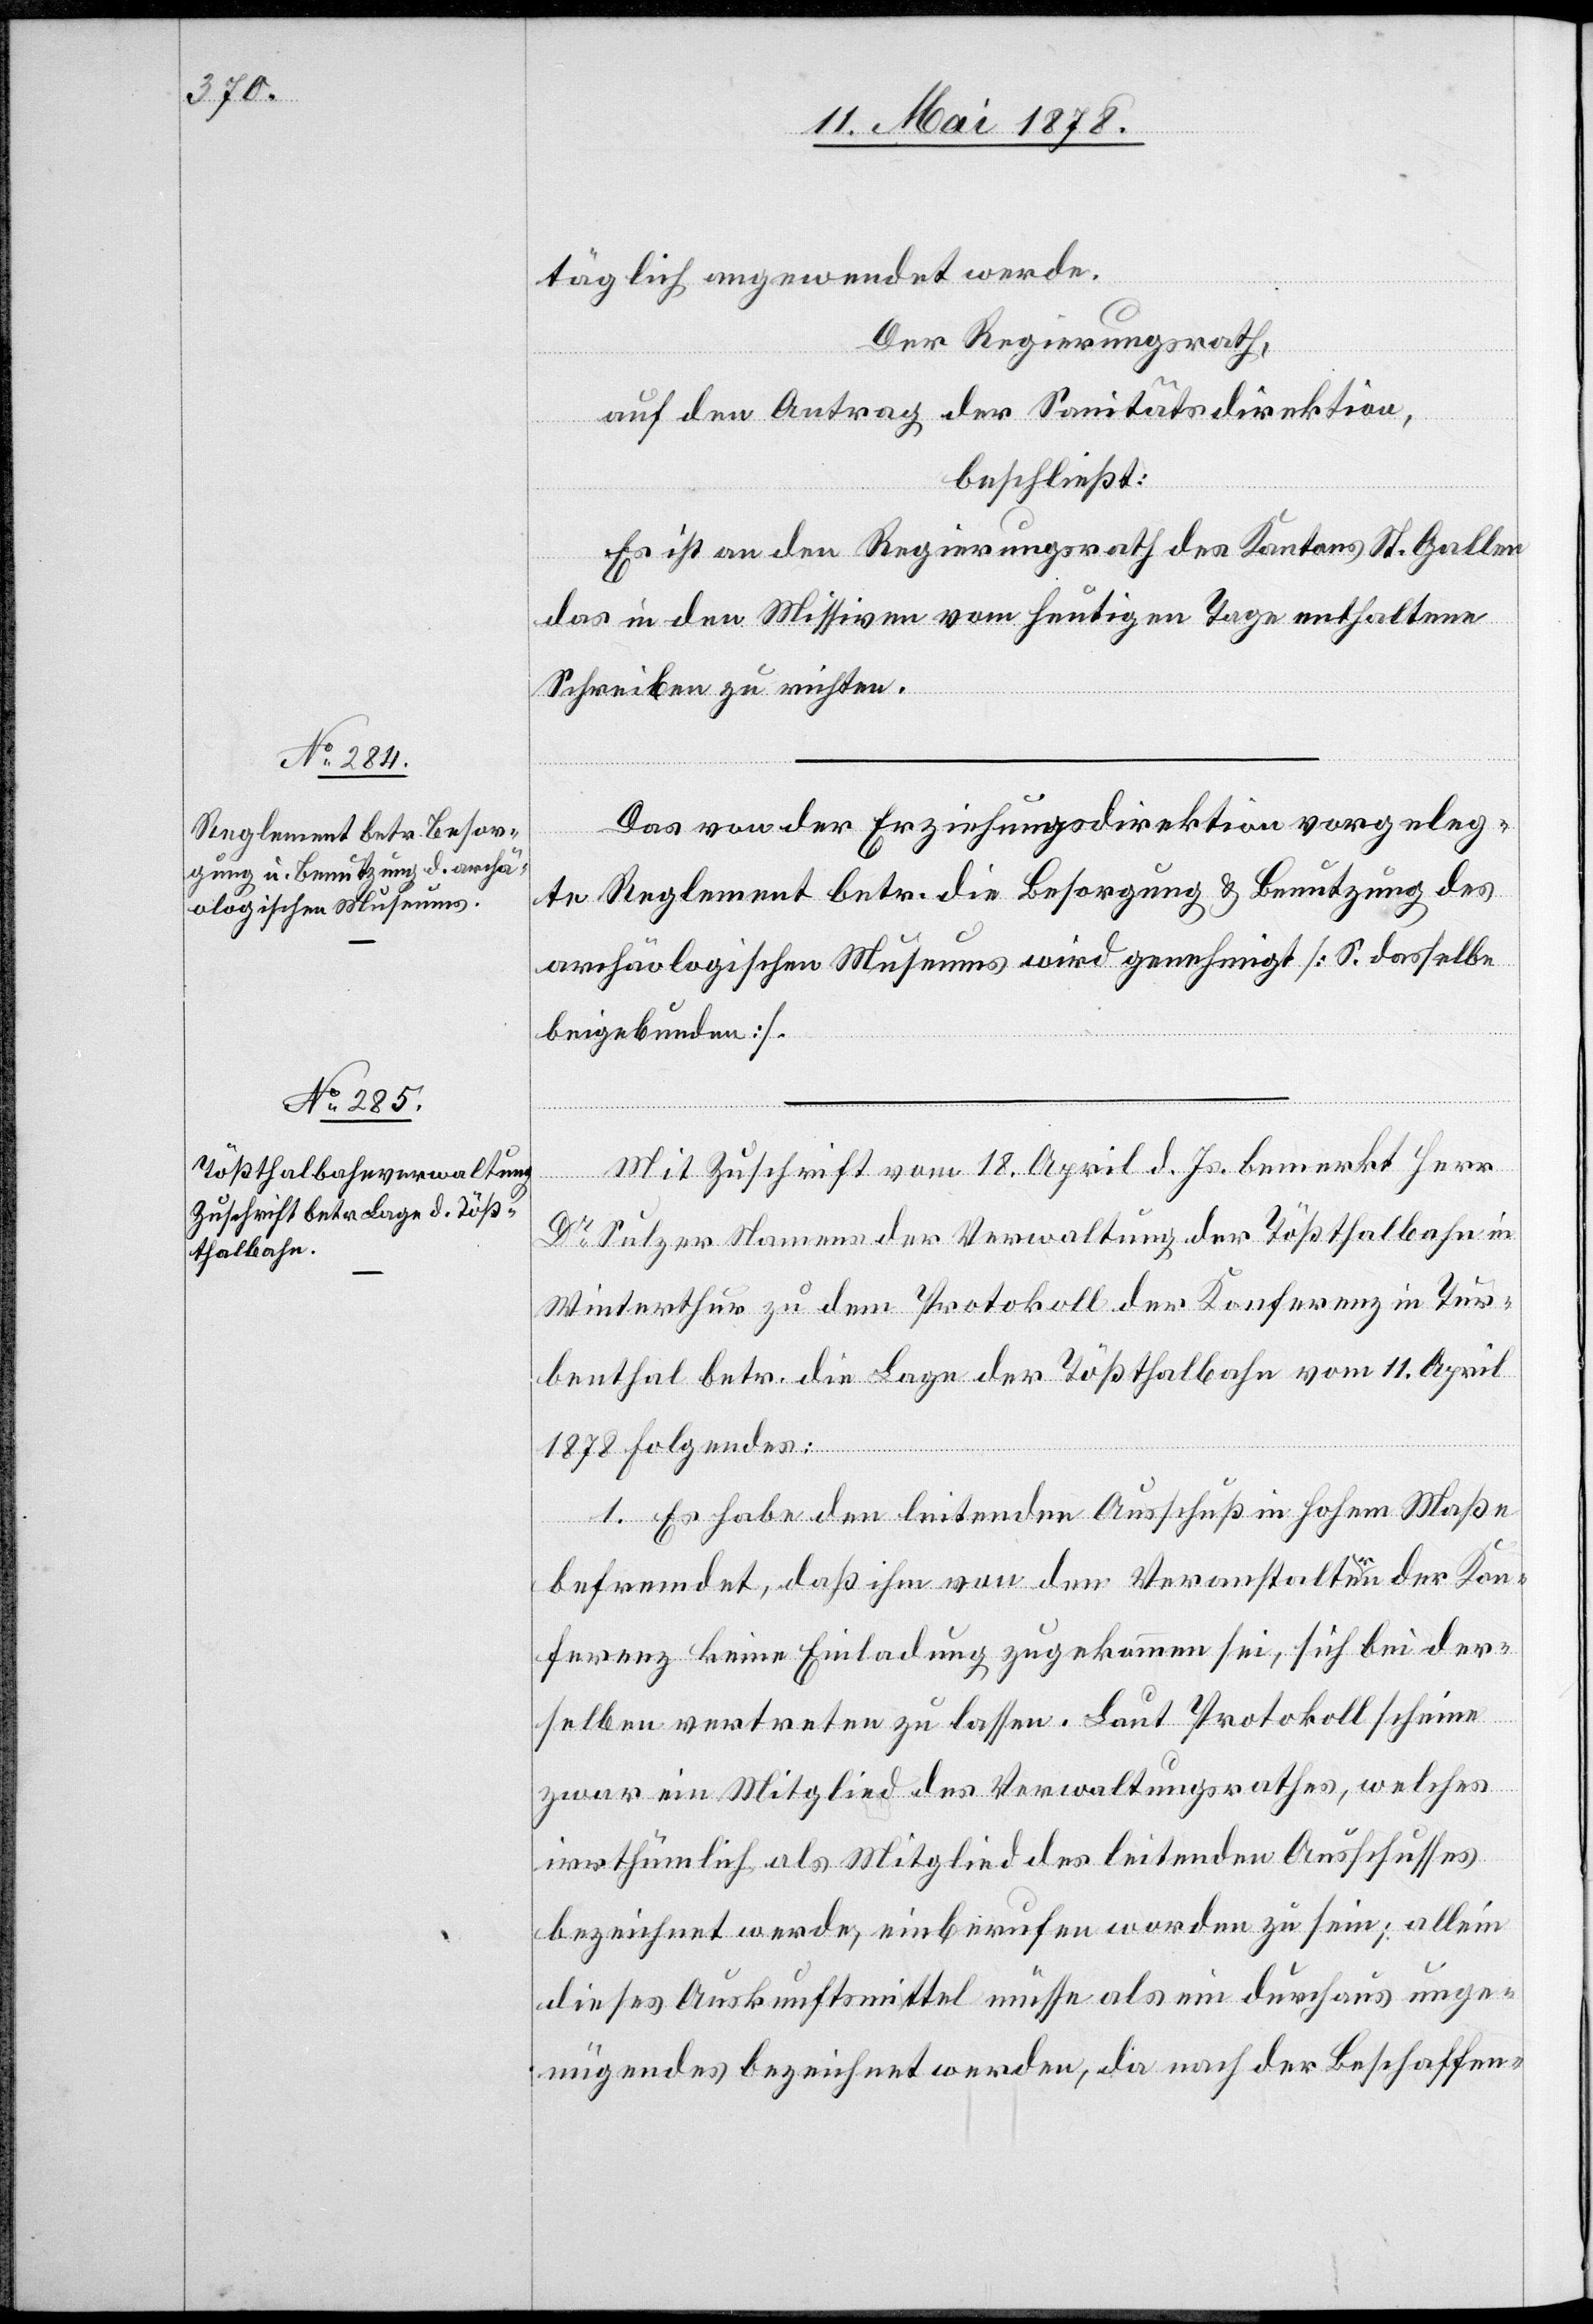
täglich angewendet werde.
Der Regierungsrath,
auf den Antrag der Sanitätsdirektion,
beschließt:
Es ist an den Regierungsrath des Kantons St. Gallen
das in den Missiven vom heutigen Tage enthaltene
Schreiben zu richten.
Das von der Erziehungsdirektion vorgeleg¬
te Reglement betr. die Besorgung & Benutzung des
archäologischen Museums wird genehmigt [S. dasselbe
beigebunden].
Mit Zuschrift vom 18. April d. Js. bemerkt Herr
Dr Sulzer Namens der Verwaltung der Tößthalbahn in
Winterthur zu dem Protokoll der Konferenz in Tur¬
benthal betr. die Lage der Tößthalbahn vom 11. April
1878 folgendes:
1. Es habe den leitenden Ausschuß in hohem Maße
befremdet, daß ihm von den Veranstaltern der Kon¬
ferenz keine Einladung zugekommen sei, sich bei der¬
selben vertreten zu lassen. Laut Protokoll scheine
zwar ein Mitglied des Verwaltungsrathes, welches
irrthümlich als Mitglied des leitenden Ausschusses
bezeichnet werde, einberufen worden zu sein; allein
dieses Auskunftsmittel müsse als ein durchaus unge¬
nügendes bezeichnet werden, da nach der Beschaffen-